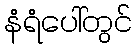
နံရံပေါ်တွင်